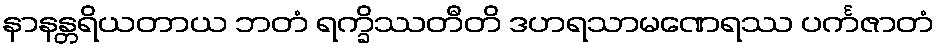
နာနန္တရိယတာယ ဘတံ ရက္ခိဿတီတိ ဒဟရသာမဏေရဿ ပင်္ကဇာတံ